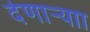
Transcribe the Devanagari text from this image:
देणाऱ्याा